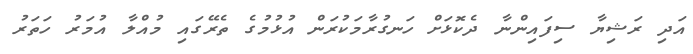
އަދި ރަޝިޔާ ސިފައިންނާ ދެކޮޅަށް ހަނގުރާމަކުރަން އުޅުމުގެ ތެރޭގައި މުއްލާ އުމަރު ހަތަރު